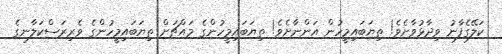
ކަލޭގެފާނު ވިދާޅުވާށެވެ! ތިޔަބައިމީހުން އަންނާށެވެ! ތިޔަބައިމީހުންގެ މައްޗަށް ތިޔަބައިމީހުންގެ ވެރިރަސްކަލާނގެ